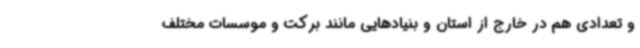
و تعدادی هم در خارج از استان و بنیادهایی مانند برکت و موسسات مختلف